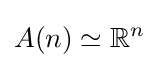
A(n)\simeq \mathbb {R} ^{n}